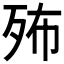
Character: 𣧦